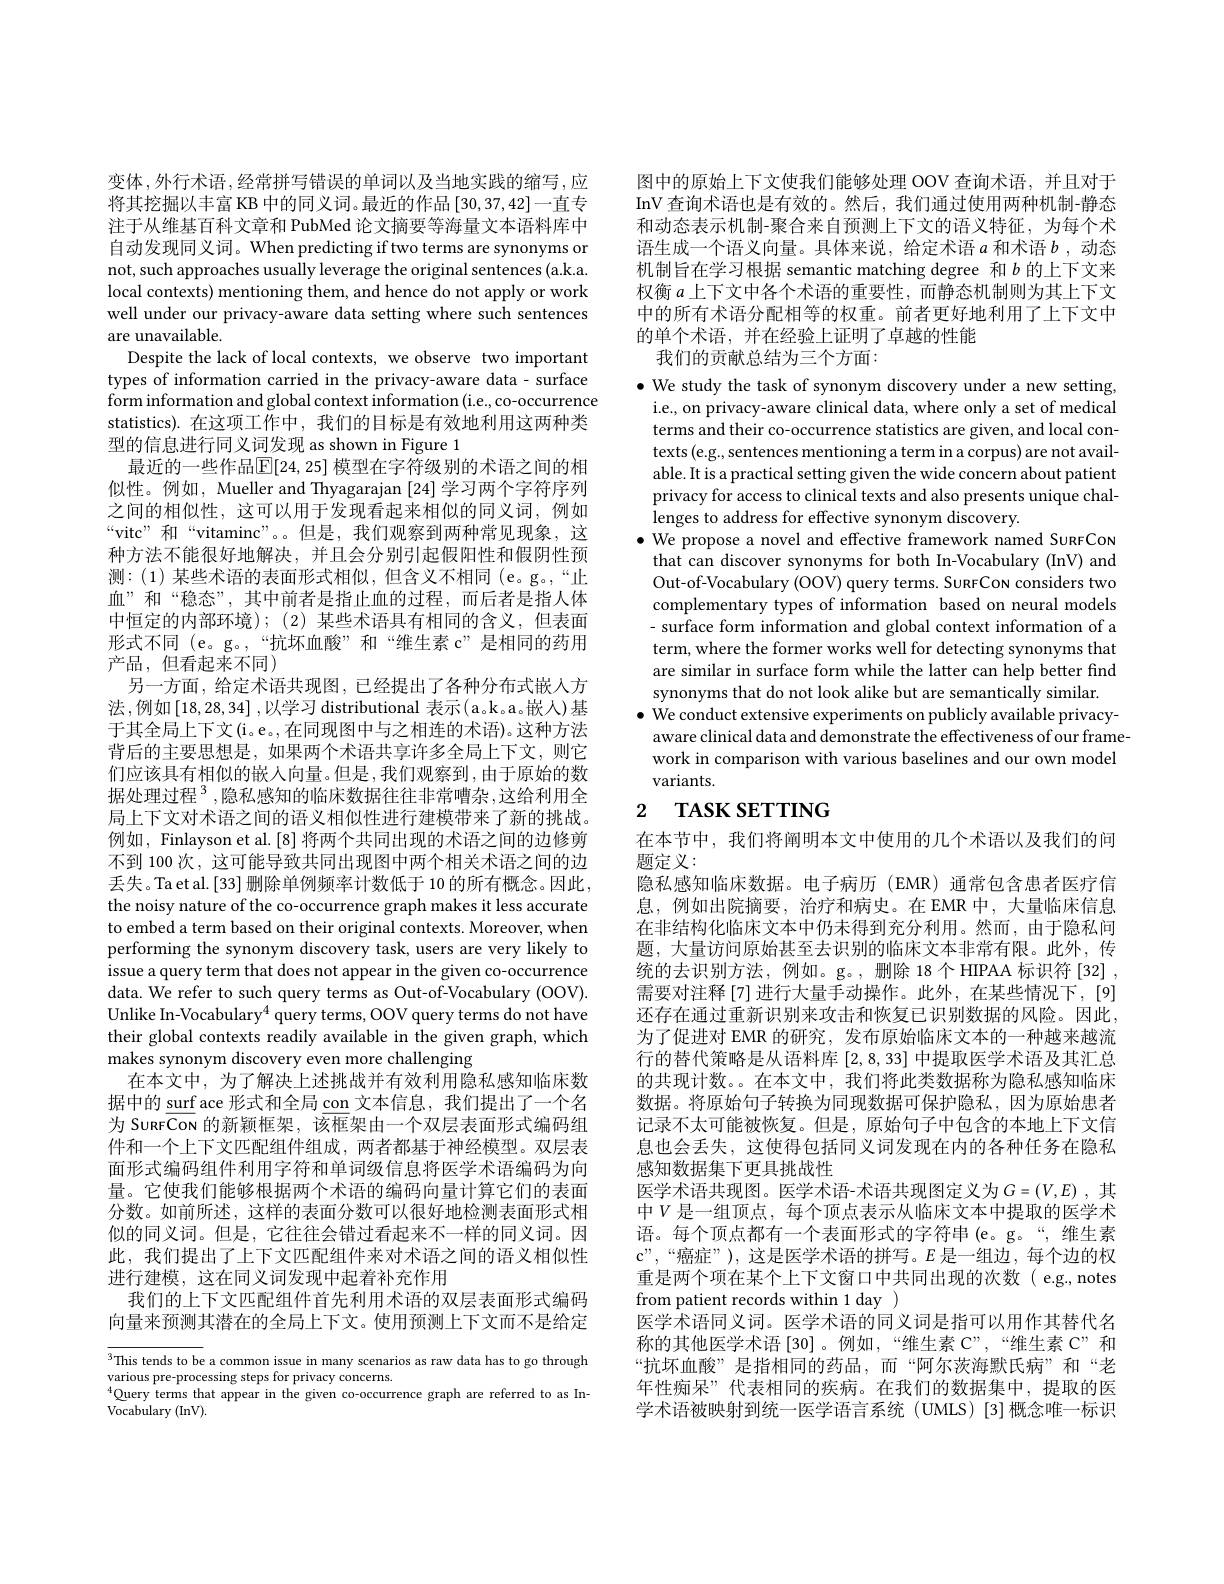
变体，外行术语，经常拼写错误的单词以及当地实践的缩写，应将其挖掘以丰富 KB 中的同义词。最近的作品[30,37,42]一直专注于从维基百科文章和 PubMed 论文摘要等海量文本语料库中自动发现同义词。When predicting if two terms are synonyms or not, such approaches usually leverage the original sentences (a.k.a. local contexts) mentioning them, and hence do not apply or work well under our privacy-aware data setting where such sentences are unavailable.
Despite the lack of local contexts, we observe two important types of information carried in the privacy-aware data- surface form information and global context information (i.e, co-occurrence statistics).在这项工作中，我们的目标是有效地利用这两种类型的信息进行同义词发现 as shown in Figure 1
最近的一些作品$\boxed{\mathbb{E}}[24,25]$ 模型在字符级别的术语之间的相似性。例如，Mueller and Thyagarajan [24]学习两个字符序列之间的相似性，这可以用于发现看起来相似的同义词，例如“vitc”和“vitaminc”。。但是，我们观察到两种常见现象，这种方法不能很好地解决，并且会分别引起假阳性和假阴性预测：(1)某些术语的表面形式相似，但含义不相同(e。g。,“上血”和“稳态”,其中前者是指止血的过程，而后者是指人体中恒定的内部环境);(2)某些术语具有相同的含义，但表面形式不同 (e。g。,“抗坏血酸”和“维生素 c”是相同的药用产品，但看起来不同)
另一方面，给定术语共现图，已经提出了各种分布式嵌入方法 ,例如$\left[18,28,34\right]$,以学习 distributional 表示(a。k。a。嵌人)基于其全局上下文(i。e。,在同现图中与之相连的术语)。这种方法背后的主要思想是，如果两个术语共享许多全局上下文，则它们应该具有相似的嵌入向量。但是，我们观察到，由于原始的数据处理过程 $^3$,隐私感知的临床数据往往非常嘈杂，这给利用全局上下文对术语之间的语义相似性进行建模带来了新的挑战。例如，Finlayson et al.[8] 将两个共同出现的术语之间的边修剪不到 100 次，这可能导致共同出现图中两个相关术语之间的边丢失。Ta et al.[33] 删除单例频率计数低于 10 的所有概念。因此， the noisy nature of the co-occurrence graph makes it less accurate to embed a term based on their original contexts. Moreover, when performing the synonym discovery task, users are very likely to issue a query term that does not appear in the given co-occurrence data. We refer to such query terms as Out-of-Vocabulary (OOV). Unlike In-Vocabulary$^{4}$ query terms, OOV query terms do not have their global contexts readily available in the given graph, which makes synonym discovery even more challenging
在本文中，为了解决上述挑战并有效利用隐私感知临床数据中的 surf ace 形式和全局 con 文本信息，我们提出了一个名为 SuRFCon 的新颖框架，该框架由一个双层表面形式编码组件和一个上下文匹配组件组成，两者都基于神经模型。双层表面形式编码组件利用字符和单词级信息将医学术语编码为向量。它使我们能够根据两个术语的编码向量计算它们的表面分数。如前所述，这样的表面分数可以很好地检测表面形式相似的同义词。但是，它往往会错过看起来不一样的同义词。因此，我们提出了上下文匹配组件来对术语之间的语义相似性进行建模，这在同义词发现中起着补充作用
我们的上下文匹配组件首先利用术语的双层表面形式编码向量来预测其潜在的全局上下文。使用预测上下文而不是给定

$^{3}$This tends to be a common issue in many scenarios as raw data has to go through
various pre-processing steps for privacy concerns.
$^{4}$Query terms that appear in the given co-occurrence graph are referred to as In-
Vocabulary (InV).

图中的原始上下文使我们能够处理 OOV 查询术语，并且对于InV 查询术语也是有效的。然后，我们通过使用两种机制-静态和动态表示机制-聚合来自预测上下文的语义特征，为每个术语生成一个语义向量。具体来说，给定术语$a$和术语$b$,动态机制旨在学习根据 semantic matching degree 和$b$的上下文来权衡$a$上下文中各个术语的重要性，而静态机制则为其上下文中的所有术语分配相等的权重。前者更好地利用了上下文中的单个术语，并在经验上证明了卓越的性能
我们的贡献总结为三个方面：

$\bullet$ We study the task of synonym discovery under a new setting
i.e., on privacy-aware clinical data, where only a set of medical terms and their co-occurrence statistics are given, and local contexts (e.g., sentences mentioning a term in a corpus) are not available. It is a practical setting given the wide concern about patient privacy for access to clinical texts and also presents unique challenges to address for effective synonym discovery.
$\bullet$ We propose a novel and effective framework named SuRFCoN
that can discover synonyms for both In-Vocabulary (InV) and Out-of-Vocabulary (OOV) query terms. SuRFCoN considers two complementary types of information based on neural models - surface form information and global context information of a term, where the former works well for detecting synonyms that are similar in surface form while the latter can help better find synonyms that do not look alike but are semantically similar
$\bullet$ We conduct extensive experiments on publicly available privacyaware clinical data and demonstrate the effectiveness of our framework in comparison with various baselines and our own model variants.

# 2 TASK SETTING

在本节中，我们将阐明本文中使用的几个术语以及我们的问
题定义：
隐私感知临床数据。电子病历(EMR)通常包含患者医疗信息，例如出院摘要，治疗和病史。在 EMR 中，大量临床信息在非结构化临床文本中仍未得到充分利用。然而，由于隐私问题，大量访问原始甚至去识别的临床文本非常有限。此外，传统的去识别方法，例如。g。,删除 18个HIPAA 标识符[32] , 需要对注释[7]进行大量手动操作。此外，在某些情况下，[9] 还存在通过重新识别来攻击和恢复已识别数据的风险。因此， 为了促进对 EMR 的研究，发布原始临床文本的一种越来越流行的替代策略是从语料库[2,8,33]中提取医学术语及其汇总的共现计数。在本文中，我们将此类数据称为隐私感知临床数据。将原始句子转换为同现数据可保护隐私，因为原始患者记录不太可能被恢复。但是，原始句子中包含的本地上下文信息也会丢失，这使得包括同义词发现在内的各种任务在隐私感知数据集下更具挑战性
医学术语共现图。医学术语-术语共现图定义为$G=(V,E)$,其中$V$是一组顶点，每个顶点表示从临床文本中提取的医学术语。每个顶点都有一个表面形式的字符串(e。g。“,维生素c" , “ 癌 症 ” ) , 这是医学术语的拼写。$E$ 是一组边，每个边的权重是两个项在某个上下文窗口中共同出现的次数(e.g.,notes from patient records within 1 day )
医学术语同义词。医学术语的同义词是指可以用作其替代名称的其他医学术语[30]。例如，“维生素 C”,“维生素 C”和“抗坏血酸”是指相同的药品，而“阿尔茨海默氏病”和“老年性痴呆”代表相同的疾病。在我们的数据集中，提取的医学术语被映射到统一医学语言系统 (UMLS)[3]概念唯一标识